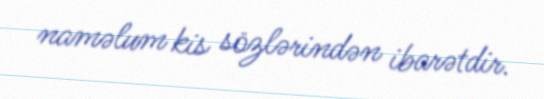
naməlum kis sözlərindən ibarətdir.